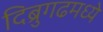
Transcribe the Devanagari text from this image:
दिब्रुगढमध्ये